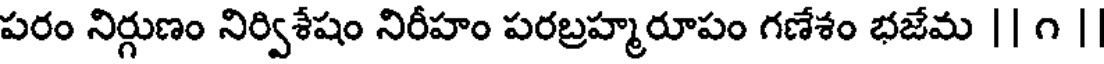
పరం నిర్గుణం నిర్విశేషం నిరీహం పరబ్రహ్మరూపం గణేశం భజేమ || ౧ |